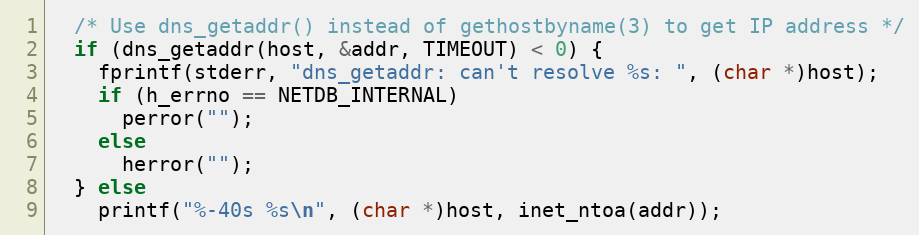
Language: C
  /* Use dns_getaddr() instead of gethostbyname(3) to get IP address */
  if (dns_getaddr(host, &addr, TIMEOUT) < 0) {
    fprintf(stderr, "dns_getaddr: can't resolve %s: ", (char *)host);
    if (h_errno == NETDB_INTERNAL)
      perror("");
    else
      herror("");
  } else
    printf("%-40s %s\n", (char *)host, inet_ntoa(addr));